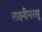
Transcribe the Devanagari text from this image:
लक्ष्मीनरसू